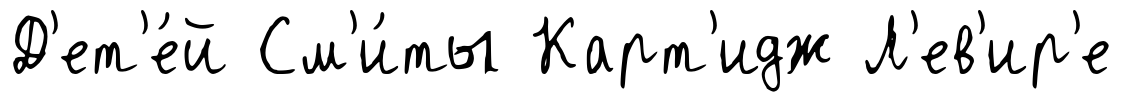
Д'ет'е́й См'и́ты Карт'идж Л'ев'ир'е